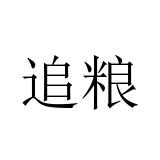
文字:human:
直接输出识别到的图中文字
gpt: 追粮